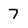
Character: 7